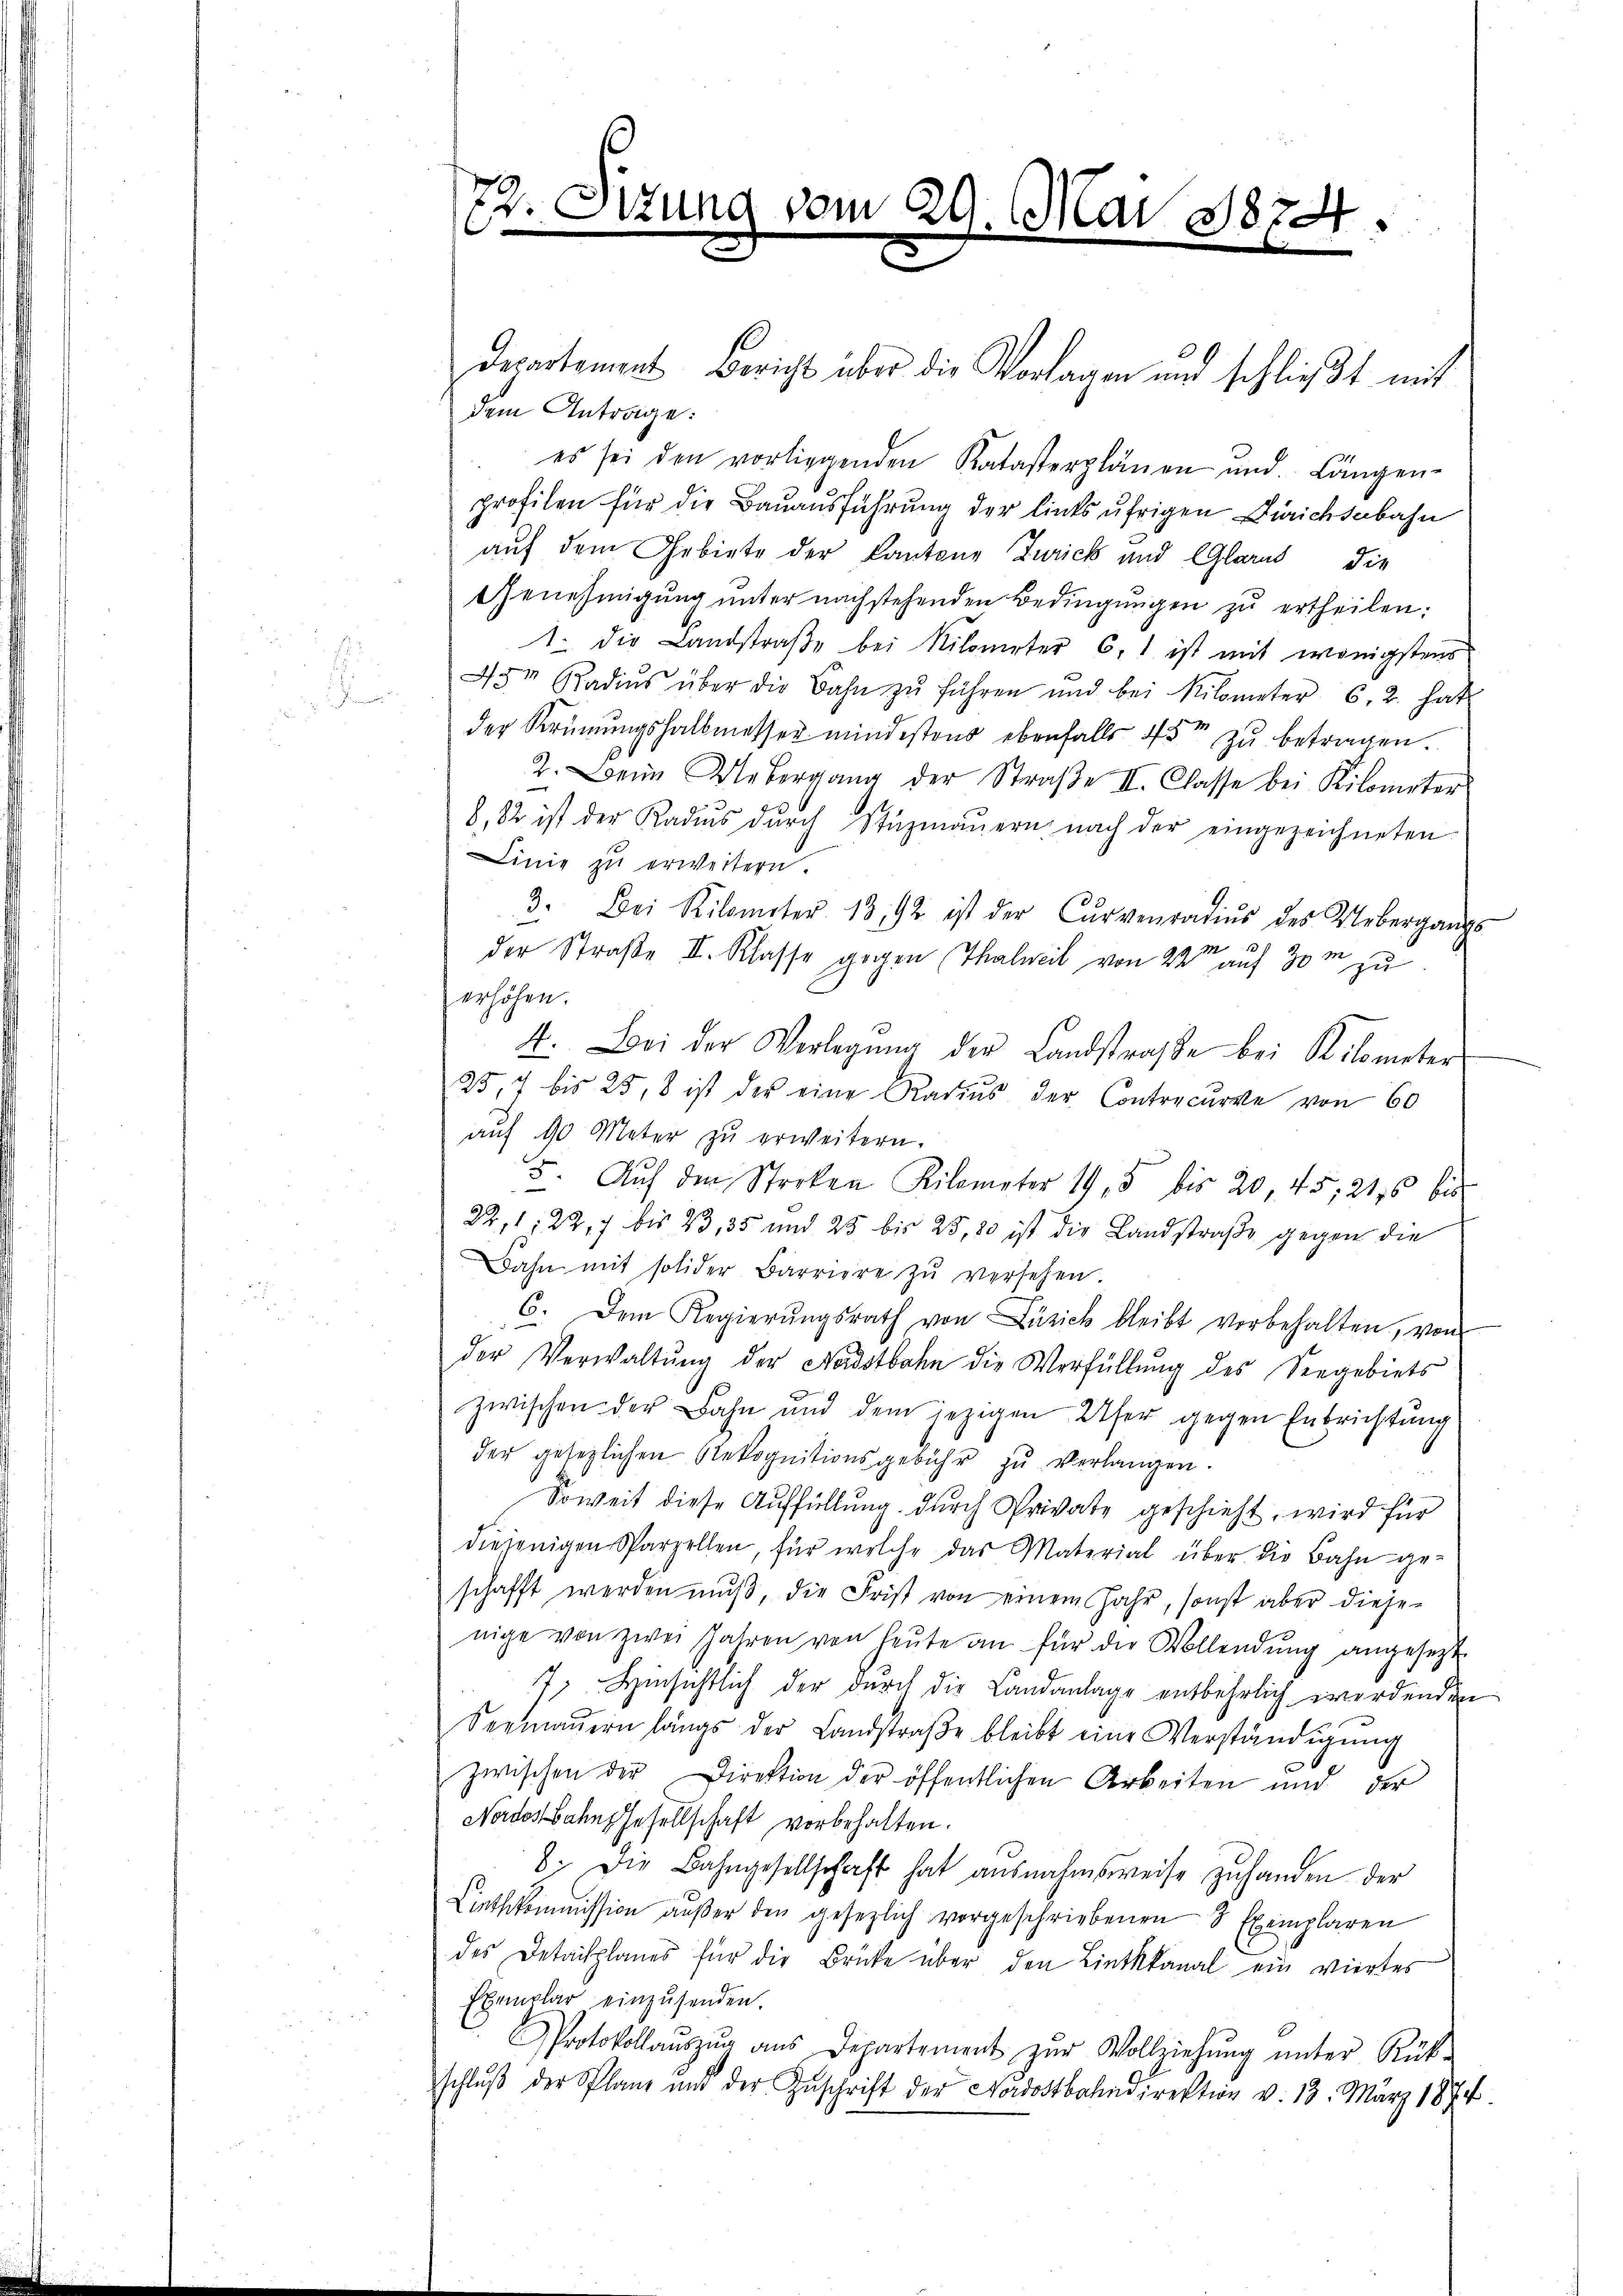
72. Sitzung vom 29. Mai 1874.

Departement Bericht über die Vorlagen und schließt mit
dem Antrage:
es sei den vorliegenden Katasterplänen und Längen-
profilen für die Bauausführung der linksufrigen Zürichsabahn
auf dem Gebiete der Kantone Zwick und Glarus, die
Genehmigung unter nachstehenden Bedingŭngen zu ertheilen:
1. Die Landstraße bei Nilometer 6. ist mit wenigstens
45m Radius über die Bahn zŭ führen und bei Kilometer 6. 2. hat
der Krümungshalbmesser mindestens ebenfalls 45 zu betragen.
2. Bein Uebergang der Straβe II. Classe bei Kilometer
882 ist der Kades dŭrch Stazmaŭern nach der eingezeichneten
Linie zu erweitern.
3. Bei Kilometer 1392 ist der Curvenradiŭs des Uebergangs
der Straße III. Klasse gegen Thalweil von 22 auf 30m zu
erhöhen.
4. Bei der Verlegŭng der Landstraβe bei Kilometer
254 bis 25,8 ist der eine Radius der Contrecurse von 60
auf 90 Meter zŭ erweitern.
5. Aŭf den Streken Kilometer 195 bis 20, 45, 216 bis
22,1; 22, 7 bis 23, 35 und 25 bis 25,80 ist die Landstraße gegen die
Bahn mit solider Barriere zŭ versehen.
6. Dem Regierŭngsrath von Zürich bleibt vorbehalten, von
der Verwaltŭng der Nadstbahn die Verfüllŭng des Seegebiets
zwischen der Bahn und dem jezigen Ufer gegen Entrichtung
der gesezlichen Rekognitionsgebühr zŭ verlangen.
Soweit diese Auffüllung durch Private geschieht, wird für
diejenigen Sparzellen, für welche das Material über die Bahn ge-
schafft werden mŭβ, die Frist von einem Jahr, sonst aber diejenige von zwei Jahren von heŭte an für der Vollendŭng angesetzt
7) Hinsichtlich der durch die Landanlage entbehrlich werdenden
Seemaŭern längs der Landstraβe bleibt eine Verständigŭng
zwischen der Direktion der öffentlichen Arbeiten und der
Nordostbahngesellschaft vorbehalten.
8. Die Bahngesellschaft hat ausnahmsweise zuhanden der
Linthkommission aŭβer den gesezlich vorgeschriebenen 8 Exemplaren
des Detailplanes für die Brüke über den Linthkanal ein viertes
Exemplar einzŭsenden.
Protokollaŭszŭg ans Departement zŭr Vollziehŭng ŭnter Rück-
schluß der Planz und der Zŭschrift der Nordostbahndirektion v. 13. März 1874.